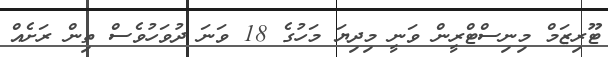
ޓޫރިޒަމް މިނިސްޓްރީން ވަނީ މިދިޔަ މަހުގެ 18 ވަނަ ދުވަހުވެސް ތިން ރަށެއްް